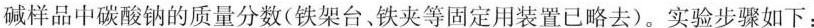
碱样品中碳酸钠的质量分数(铁架台、铁夹等固定用装置已略去)。实验步骤如下：